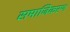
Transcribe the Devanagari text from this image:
समाजिकरण